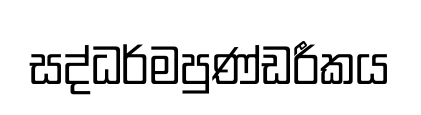
සද්ධර්මපුණ්ඩරීකය